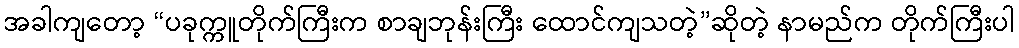
အခါကျတော့ “ပခုက္ကူတိုက်ကြီးက စာချဘုန်းကြီး ထောင်ကျသတဲ့”ဆိုတဲ့ နာမည်က တိုက်ကြီးပါ